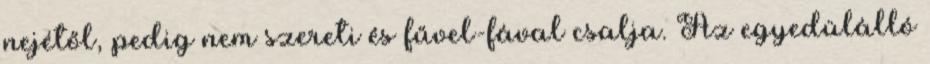
nejétől, pedig nem szereti és fűvel-fával csalja. Az egyedülálló